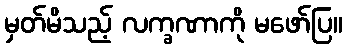
မှတ်မိသည့် လက္ခဏာကို မဖော်ပြ။